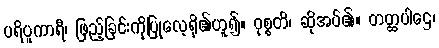
ပရိပူကာရီ၊ ဖြည့်ခြင်းကိုပြုလေ့ရှိ၏ဟူ၍။ ဝုစ္စတိ၊ ဆိုအပ်၏။ တတ္ထပါဌေ၊